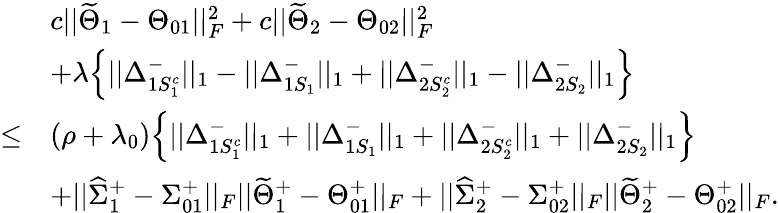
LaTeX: \begin{array}{rl}&{c||\widetilde{\Theta}_{1}-\Theta_{01}||_{F}^{2}+c||\widetilde{\Theta}_{2}-\Theta_{02}||_{F}^{2}}\\ &{+\lambda\Big\{ ||\Delta_{1S_{1}^{c}}^{-}||_{1}-||\Delta_{1S_{1}}^{-}||_{1}+||\Delta_{2S_{2}^{c}}^{-}||_{1}-||\Delta_{2S_{2}}^{-}||_{1}\Big\} }\\ {\leq}&{(\rho+\lambda_{0})\Big\{ ||\Delta_{1S_{1}^{c}}^{-}||_{1}+||\Delta_{1S_{1}}^{-}||_{1}+||\Delta_{2S_{2}^{c}}^{-}||_{1}+||\Delta_{2S_{2}}^{-}||_{1}\Big\} }\\ &{+||\widehat{\Sigma}_{1}^{+}-\Sigma_{01}^{+}||_{F}||\widetilde{\Theta}_{1}^{+}-\Theta_{01}^{+}||_{F}+||\widehat{\Sigma}_{2}^{+}-\Sigma_{02}^{+}||_{F}||\widetilde{\Theta}_{2}^{+}-\Theta_{02}^{+}||_{F}.}\end{array}